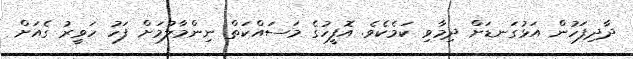
ދާދިފަހުން އަޅުގަނޑަށް ދިމާވި ކަމެކެވެ. އޮފީހުގެ މަސައްކަތް ނިންމާލުމަށް ފަހު ހަވީރު ގެއަށް